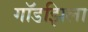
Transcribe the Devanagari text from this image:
गॉडझिला